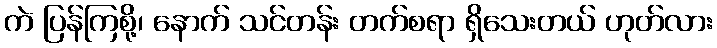
ကဲ ပြန်ကြစို့၊ နောက် သင်တန်း တက်စရာ ရှိသေးတယ် ဟုတ်လား